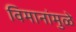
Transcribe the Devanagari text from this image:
विमानांमुळे